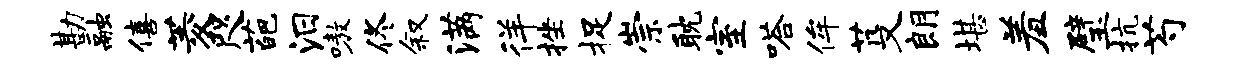
勘融僖菱咫葩汨嗷佟叙满徉挫捉崇耽室嗒侔芟朗堪羞璧抗芍